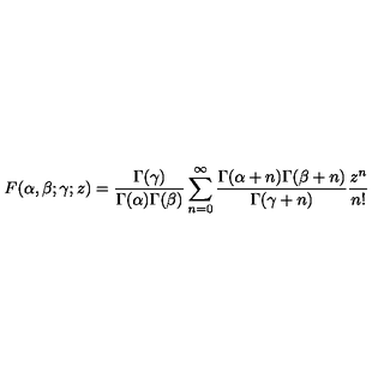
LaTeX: F ( \alpha , \beta ; \gamma ; z ) = \frac { \Gamma ( \gamma ) } { \Gamma ( \alpha ) \Gamma ( \beta ) } \sum _ { n = 0 } ^ { \infty } \frac { \Gamma ( \alpha + n ) \Gamma ( \beta + n ) } { \Gamma ( \gamma + n ) } \frac { z ^ { n } } { n ! }